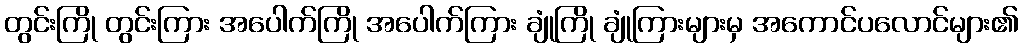
တွင်းကြို တွင်းကြား အပေါက်ကြို အပေါက်ကြား ချုံကြို ချုံကြားများမှ အကောင်ပလောင်များ၏